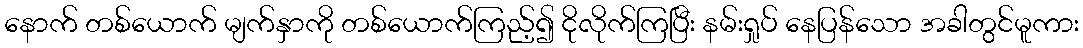
နောက် တစ်ယောက် မျက်နှာကို တစ်ယောက်ကြည့်၍ ငိုလိုက်ကြပြီး နမ်းရှုပ် နေပြန်သော အခါတွင်မူကား